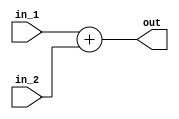
module Adder (
	input [31:0] in_1, in_2, 
	output[31:0] out
);
  assign out = in_1 + in_2;
endmodule